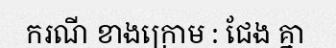
ករណី ខាងក្រោម : ជែង គ្នា